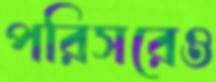
পরিসরেও